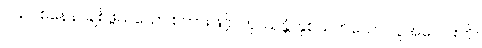
ပိယဝစနေန၊ ချစ်ဖွယ်သော စကားဖြင့်။ တုဿန္တံ၊ နှစ်သက်သော လူအပေါင်းကို။